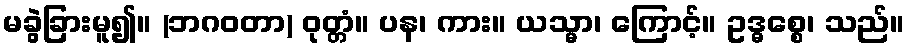
မခွဲခြားမူ၍။ (ဘဂဝတာ) ဝုတ္တံ။ ပန၊ ကား။ ယသ္မာ၊ ကြောင့်။ ဥဒ္ဓစ္စေ၊ သည်။